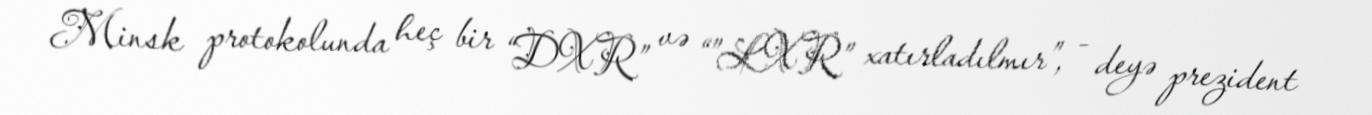
Minsk protokolunda heç bir “DXR” və “”LXR” xatırladılmır”, - deyə prezident